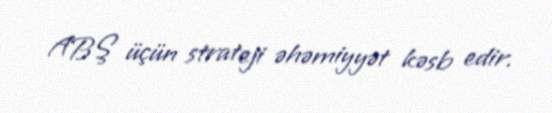
ABŞ üçün strateji əhəmiyyət kəsb edir.